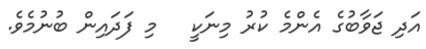
އަދި ޖަވާބުގެ އެންމެ ކުރު މިނަކީ   މި ފަދައިން ބުނުމެވެ.